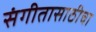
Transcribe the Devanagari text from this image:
संगीतासाठीचा